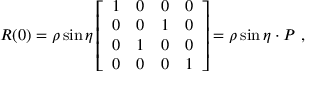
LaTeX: { \cal R } ( 0 ) = \rho \sin \eta \left[ \begin{array} { c c c c } { { 1 } } & { { 0 } } & { { 0 } } & { { 0 } } \\ { { 0 } } & { { 0 } } & { { 1 } } & { { 0 } } \\ { { 0 } } & { { 1 } } & { { 0 } } & { { 0 } } \\ { { 0 } } & { { 0 } } & { { 0 } } & { { 1 } } \end{array} \right] = \rho \sin \eta \cdot P ~ ,